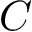
C